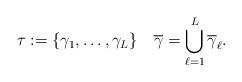
LaTeX: \begin{align*} \tau := \{\gamma_1,\dots,\gamma_L\} \quad\overline\gamma = \bigcup_{\ell=1}^L \overline\gamma_\ell.\end{align*}